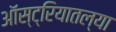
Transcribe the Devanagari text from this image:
ऑस्ट्रियातल्या